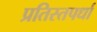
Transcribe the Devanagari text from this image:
प्रतिस्तपर्धा